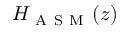
H _ { \mathrm { ~ A ~ S ~ M ~ } } ( z )